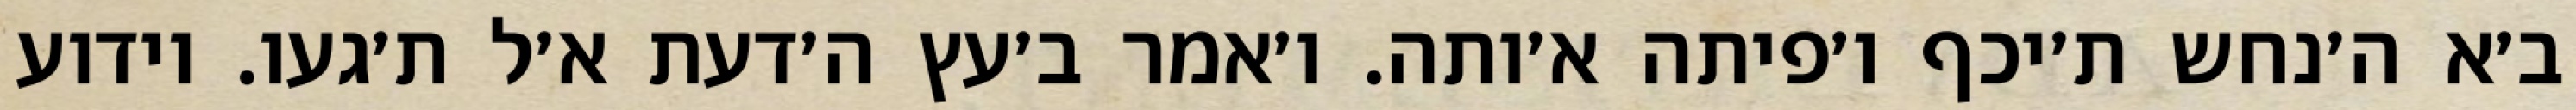
ב׳א ה׳נחש ת׳יכף ו׳פיתה א׳ותה. ו׳אמר ב׳עץ ה׳דעת א׳ל ת׳געו. וידוע